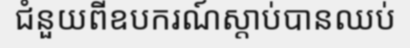
ជំនួយពីឧបករណ៍ស្តាប់បានឈប់